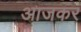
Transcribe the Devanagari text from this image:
आजकर